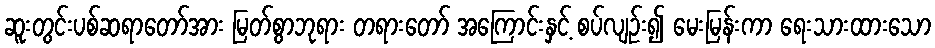
ဆူးတွင်းပစ်ဆရာတော်အား မြတ်စွာဘုရား တရားတော် အကြောင်းနှင့် စပ်လျဉ်း၍ မေးမြန်းကာ ရေးသားထားသော